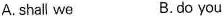
A. shall we B.do you